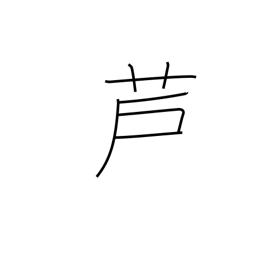
Meaning: bullrush